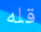
قله